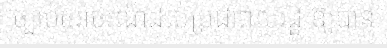
ច្បាប់ចរាចរណ៍ដល់ប្រជាពលរដ្ឋ ឱ្យបាន